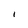
Character: I